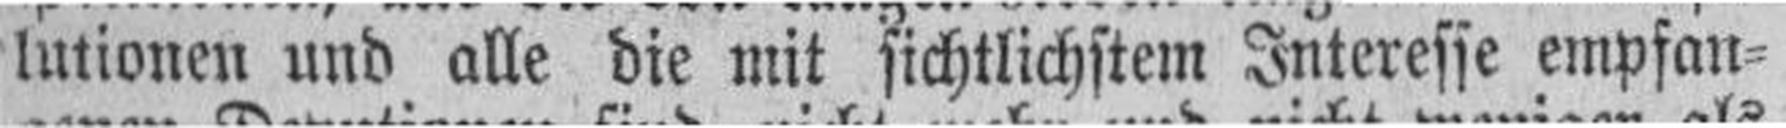
lutionen und alle die mit sichtlichstem Interesse empfan¬